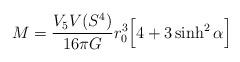
LaTeX: \begin{align*}M = \frac{V_5 V(S^{4})}{16 \pi G} r_0^{3}\Big[ 4 + 3 \sinh^2 \alpha \Big]\end{align*}